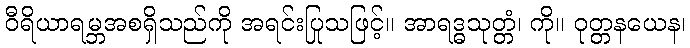
ဝီရိယာရမ္ဘအစရှိသည်ကို အရင်းပြုသဖြင့်။ အာရဒ္ဓသုတ္တံ၊ ကို။ ဝုတ္တနယေန၊